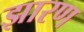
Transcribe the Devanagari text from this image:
झारण